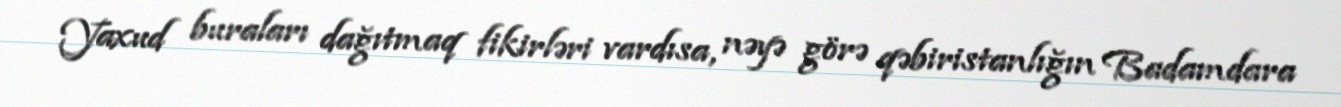
Yaxud buraları dağıtmaq fikirləri vardısa, nəyə görə qəbiristanlığın Badamdara